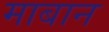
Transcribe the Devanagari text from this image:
माबान